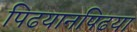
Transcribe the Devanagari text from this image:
पिढयानपिढया